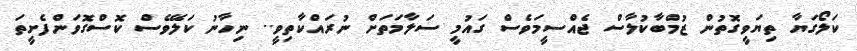
ކަލޯގަޔާ ތިޔަވީގޮތުން ޒުމްބާކުލާސް ޖެއްސީމަވެސް ގައުމީ ސަލާމަތަށް ނުރައްކާތިވީ.. ނިހާނު ކަލޭވެސް ކޮސްގޮވަންފެށީތަ